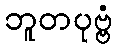
ဘူတပုဗ္ဗံ